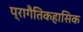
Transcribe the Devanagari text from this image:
प्रागैतिकहासिक